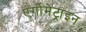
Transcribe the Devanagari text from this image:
एर्गोमेट्राइन